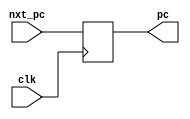
module pc(
input[31:0] nxt_pc, 
input clk,
output reg [31:0] pc
);
always @(posedge clk) begin
pc <= nxt_pc;
end	
endmodule